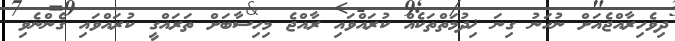
ދިވެހިރާއްޖެއަށް ނުހަނު ގިނަ ޚިދުމަތްތަކެއް ކުރައްވައި ރާއްޖެ މިހިސާބަށް ތަރައްގީ ކުރައްވައި ގެންނެވި